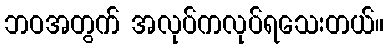
ဘဝအတွက် အလုပ်ကလုပ်ရသေးတယ်။